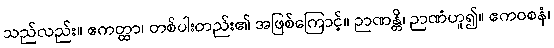
သည်လည်း။ ဧကတ္ထာ၊ တစ်ပါးတည်း၏ အဖြစ်ကြောင့်။ ဉာဏန္တိ၊ ဉာဏံဟူ၍။ ဧကဝစနံ၊